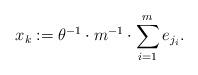
LaTeX: \begin{align*} x_k := \theta^{-1} \cdot m^{-1} \cdot \sum_{i =1}^m e_{j_i}.\end{align*}